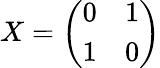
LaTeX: X=\left(\begin{array}{ll}{0}&{1}\\ {1}&{0}\end{array}\right)